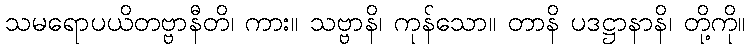
သမရောပယိတဗ္ဗာနီတိ၊ ကား။ သဗ္ဗာနိ၊ ကုန်သော။ တာနိ ပဒဋ္ဌာနာနိ၊ တို့ကို။